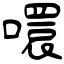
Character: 噮